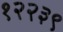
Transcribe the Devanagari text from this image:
१२२३९